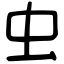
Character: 虫